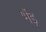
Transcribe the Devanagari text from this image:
भैंड़